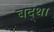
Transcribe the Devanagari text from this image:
बद्था